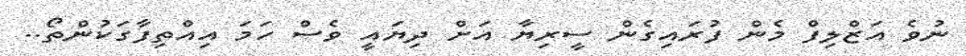
ނުވެ އަޒްލިފް މެން ފުރައިގެން ސީރިޔާ އަށް ދިޔައީ ވެސް ހަމަ އިއްތިފާގަކުންތޯ..